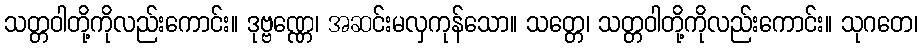
သတ္တဝါတို့ကိုလည်းကောင်း။ ဒုဗ္ဗဏ္ဏေ၊ အဆင်းမလှကုန်သော။ သတ္တေ၊ သတ္တဝါတို့ကိုလည်းကောင်း။ သုဂတေ၊